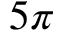
5 \pi